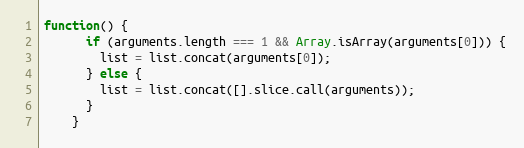
Language: JavaScript
function() {
      if (arguments.length === 1 && Array.isArray(arguments[0])) {
        list = list.concat(arguments[0]);
      } else {
        list = list.concat([].slice.call(arguments));
      }
    }